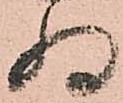
為